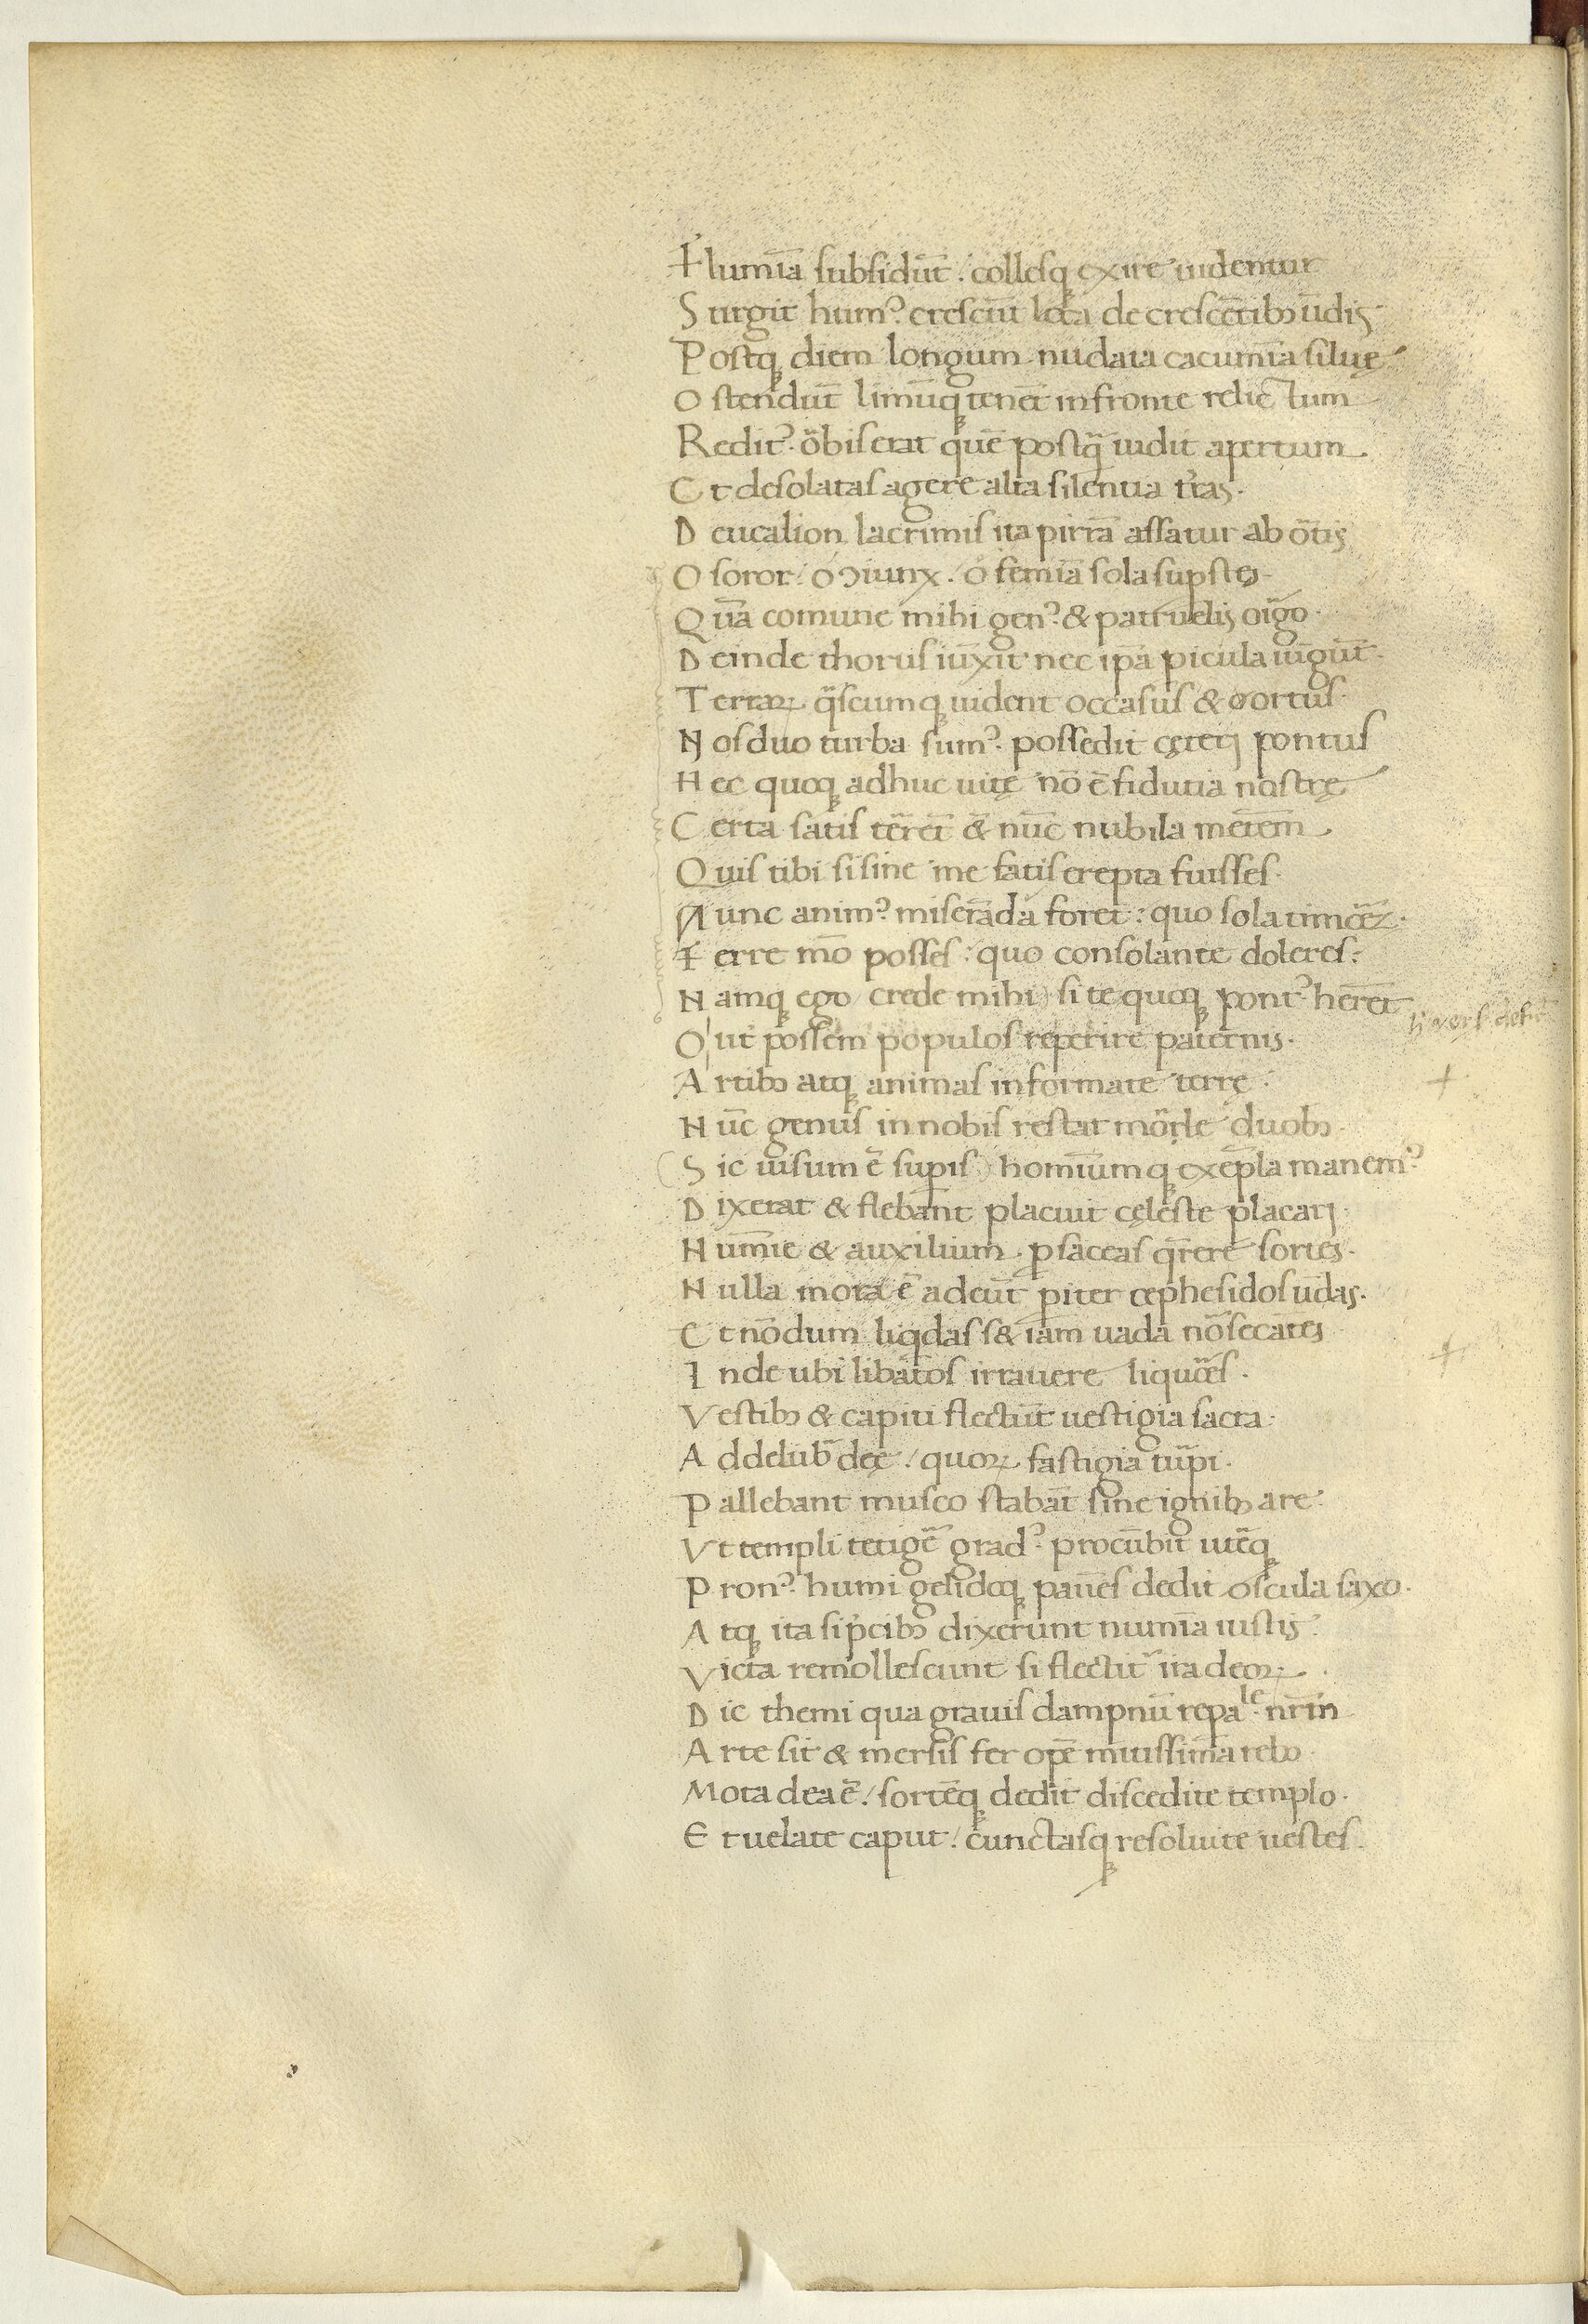
Shelfmark: Paris, BnF, Arsenal ms. 1046
Century: 15